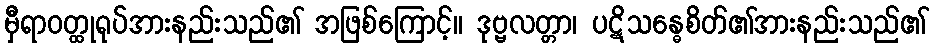
မှီရာဝတ္ထုရုပ်အားနည်းသည်၏ အဖြစ်ကြောင့်။ ဒုဗ္ဗလတ္တာ၊ ပဋိသန္ဓေစိတ်၏အားနည်းသည်၏